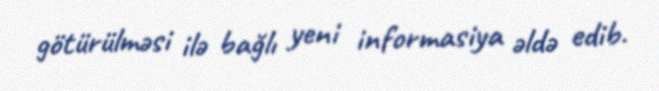
götürülməsi ilə bağlı yeni informasiya əldə edib.